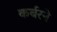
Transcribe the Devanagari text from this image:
कर्बरने